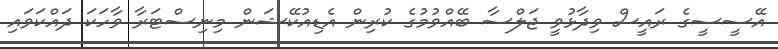
އޭސީސީގެ ރައީސް ވިދާޅުވީ ޖަލްސާ ބޭއްވުމުގެ ކުރިން އެޑިއުކޭޝަން މިނިސްޓަރާ ވާހަކަ ދައްކަވައި